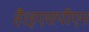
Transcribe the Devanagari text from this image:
है।इएसपीएन